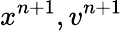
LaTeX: x^{n+1},v^{n+1}